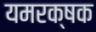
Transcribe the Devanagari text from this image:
यमरक्षक